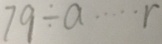
7 9 \div a \cdots r